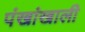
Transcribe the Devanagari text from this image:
पंखांखाली